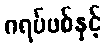
ဂရပ်ဖစ်နှင့်